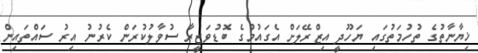
ޚިޔާނާތުގެ ތުހުމަތުގައި ޔަހޫދީ އިޒްރޭލަށް އެގައުމުގެ ބޮޑުވަޒީރާ ސުވާލުކުރަން ކެރުނު އިރު ސައްތައިން